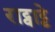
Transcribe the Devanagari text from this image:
राट्वाट्टे